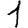
Digit: 1